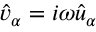
\hat { v } _ { \alpha } = i \omega \hat { u } _ { \alpha }